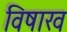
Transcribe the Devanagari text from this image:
विषाख